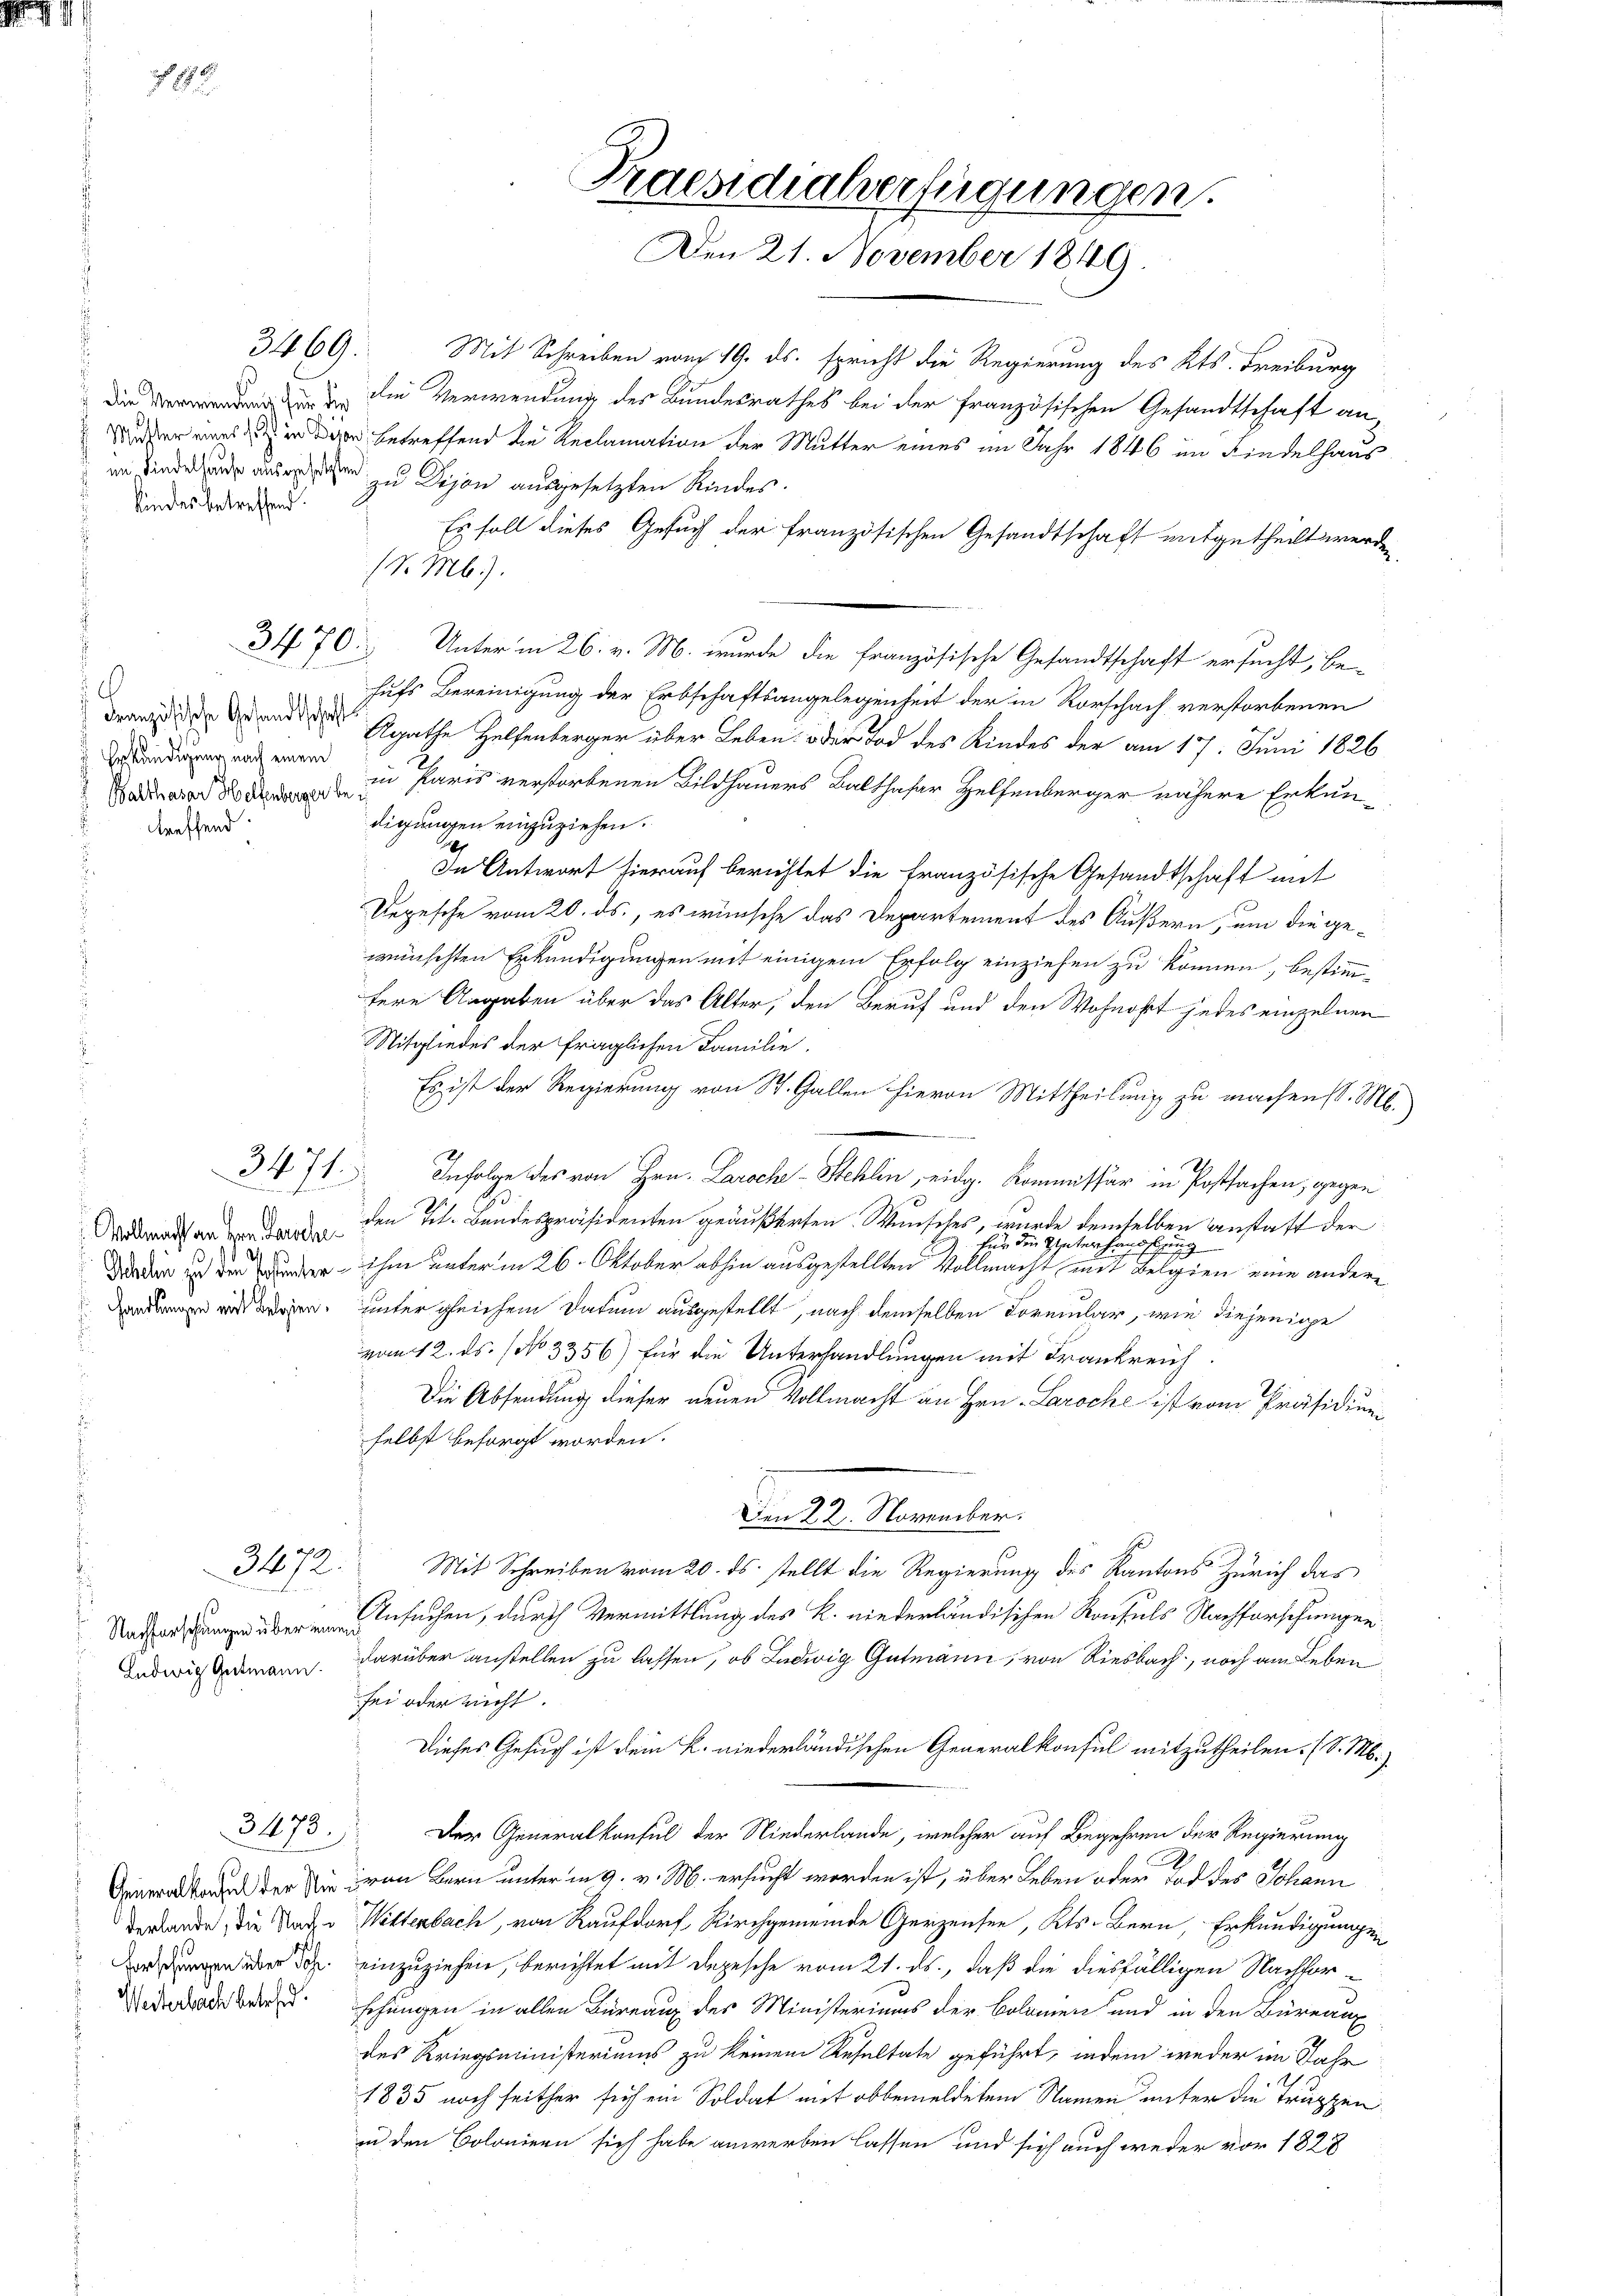
kindes betreffend

3469.

Erkundigung nach einem
treffend
.

3471.

Vollmacht an den Parschea
Handlungen mit Belgien.

Nachforschungen über eine
Ludwig Gutmann.

3472.

derlande, die Nach¬
Vorschungen über Schr

3473.

Mit Schreiben vom 19. ds. spricht die Regierung des Kts. Freiburg
  die Verwendung des Bundesrathes bei der französischen Gesandtschaft an-
die er eines er von betreffend die Reclamation der Mutter eines im Jahr 1846 im Findelhaus
en Kinde und ausgesehen zu Dejan ausgesetzten Kindes.
Es soll dieses Gesuch der französischen Gesandtschaft mitgetheilt werde
(S. Mb).
3470. Unterm 26. v. M. wurde die französische Gesandtschaft ersucht, be-
hufs Bereinigung der Erbschaftsangelegenheit der in Rorschach verstorbenen
Der der und Agathe Helfenberger über Leben oder Tod des Kindes der am 17. Juni 1826
 in Paris verstorbenen Bildhauers Balthasar Helfenberger nähere Erkundigungen einzuziehen.
In Antwort hierauf berichtet die französische Gesandtschaft mit
Depesche vom 20. ds., es wünsche das Departement des Äußern, um die gewünschten Erkundigungen mit einigem Erfolg einziehen zu können, bestimmfere Angaben über das Alter, den Beruf und den Wohnort jedes einzelnen
Mitgliedes der fraglichen Familie.
Es ist der Regierung von St. Gallen hievon Mittheilung zu machens. M.
Infolge des von Hrn. Laroche - Stehlen, eidg. Kommissär in Postsachen, gegen
21
den Joh. Bundespräsidenten geäußerten Wunsches, wurde demselben Anstatt der
für die Unterhaussetzung
dder in der unter ihm unterm 26. Oktober abhin ausgestellten Vollmacht mit Belgien eine andere
unter gleichem Datum ausgestellt, nach demselben Formular, wie diejenige
vom 12. ds. (No 3356) für die Unterhandlungen mit Frankreich
Die Absendung dieser neuen Vollmacht an Hrn. Laroche ist vom Präsidienselbst besorgt worden.
Den 22. November.
Mit Schreiben vom 20. ds. stellt die Regierung des Kantons Zürich das
Ansuchen, durch Vermittlung des K. niederländischen Konsuls Nachforschungen
d
darüber anstellen zu lassen, ob Ludwig Gutmann, von Riesbach, noch am Leben
sei oder richt.
Dieses Gesuch ist dem K. niederländischen Generalkonsul mitzutheilen. (S. M.)
Der Generalkonsul der Niederlande, welcher auf Begehren der Regierung
Generator der die iren Bern unter in 3. v. M. ersucht worden ist, über Leben oder Tod des Johann
Wittenbach, von Raudorf Kirchgemeinde Gerzensen, Kts. Bern, Erkundigungen
einzuziehen, berichtet mit Depesche vom 21. ds., daß die diesfälligen Nachfor¬
Weder den schungen in allen Bureaux des Ministeriums der Botanien und in den Büreaux
des Kriegsministeriums zu keinem Resultate geführt, indem weder im Jahr
1835 noch seither sich ein Soldat mit obbemeldetem Namen unter die Truppen
in den Colonieen sich habe anwerben lassen und sich auch weder vor 1828

Praesidaherfügungen.
Den 21. November 1849.